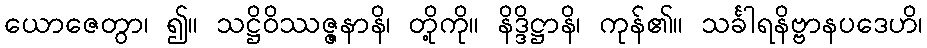
ယောဇေတွာ၊ ၍။ သဋ္ဌိဝိဿဇ္ဇနာနိ၊ တို့ကို။ နိဒ္ဒိဋ္ဌာနိ၊ ကုန်၏။ သင်္ခါရနိဗ္ဗာနပဒေဟိ၊